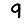
Digit: 9